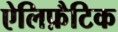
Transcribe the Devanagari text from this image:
ऐलिफ़ैटिक